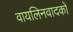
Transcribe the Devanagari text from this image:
वायलिनवादकों